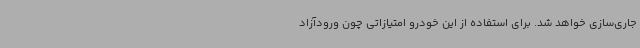
جاری‌سازی خواهد شد. برای استفاده از این خودرو امتیازاتی چون ورودآزاد